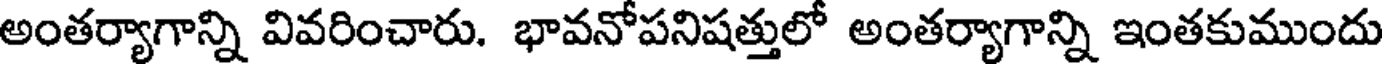
అంతర్యాగాన్ని వివరించారు. భావనోపనిషత్తులో అంతర్యాగాన్ని ఇంతకుముందు